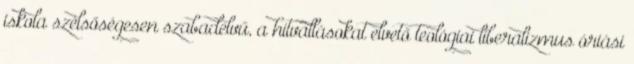
iskola szélsőségesen szabadelvű, a hitvallásokat elvető teológiai liberalizmus óriási